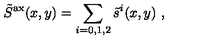
\tilde { S } ^ { \mathrm { a x } } ( x , y ) = \sum _ { i = 0 , 1 , 2 } \tilde { s } ^ { i } ( x , y ) \ ,